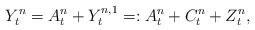
LaTeX: \begin{align*} Y^n_t = A^n_t +Y^{n,1}_t=:A^n_t + C^n_t + Z^n_t,\end{align*}